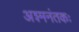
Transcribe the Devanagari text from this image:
अश्‍मनंतकः